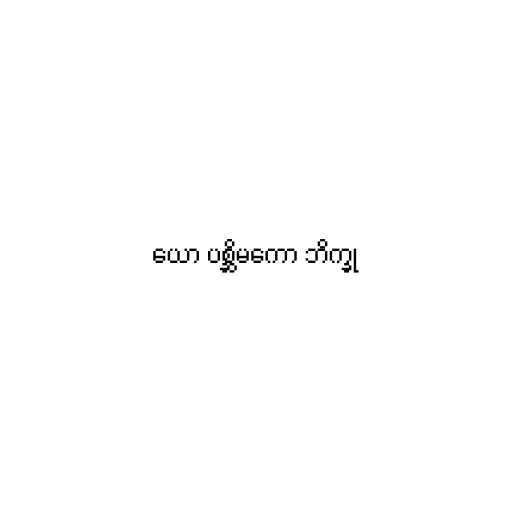
ယော ပစ္ဆိမကော ဘိက္ခု